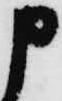
申